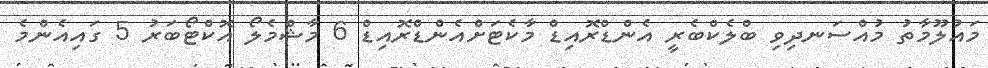
މައުލޫމާތު މުއްސަނދިވި ބްލެކްބެރީ އެންޑްރޮއިޑް މާކެޓަށްއެންޑްރޮއިޑް 6 މާޝްމެލޯ އޮކްޓޯބަރު 5 ގައިއެންމެ